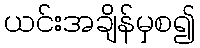
ယင်းအချိန်မှစ၍